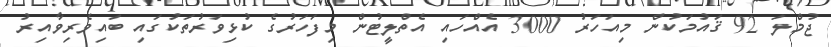
ޖުމްލަ 92 ޤައުމަކުން މިއަހަރު 3000 އެއްހައި އެތްލީޓުން މިފަހަރުގެ ކުޅިވަރުތަކުގައި ބައިވެރިވާއިރު